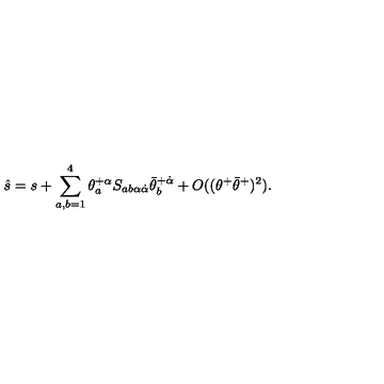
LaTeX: \hat { s } = s + \sum _ { a , b = 1 } ^ { 4 } \theta _ { a } ^ { + \alpha } S _ { a b \alpha \dot { \alpha } } \bar { \theta } _ { b } ^ { + \dot { \alpha } } + O ( ( \theta ^ { + } \bar { \theta } ^ { + } ) ^ { 2 } ) .